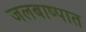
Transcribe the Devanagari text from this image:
जलबाष्पात